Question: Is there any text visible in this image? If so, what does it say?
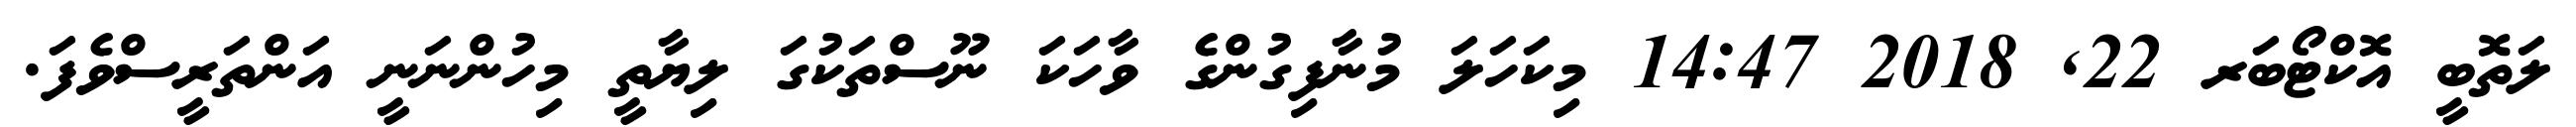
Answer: ލަތޮބީ އޮކްޓޯބަރ 22, 2018 14:47 މިކަހަލަ މުނާފިގުންގެ ވާހަކަ ނޫސްތަކުގަ ލިޔާތީ މިހުންނަނީ އަންތަރީސްވެފަ.